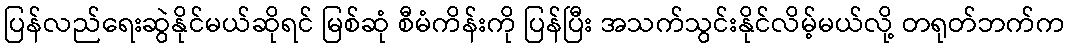
ပြန်လည်ရေးဆွဲနိုင်မယ်ဆိုရင် မြစ်ဆုံ စီမံကိန်းကို ပြန်ပြီး အသက်သွင်းနိုင်လိမ့်မယ်လို့ တရုတ်ဘက်က